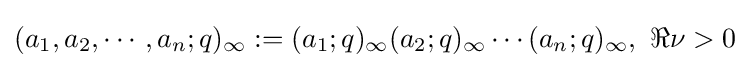
(a_{1},a_{2},\cdots ,a_{n};q)_{\infty }:=(a_{1};q)_{\infty }(a_{2};q)_{\infty }\cdots (a_{n};q)_{\infty },\ \Re \nu >0